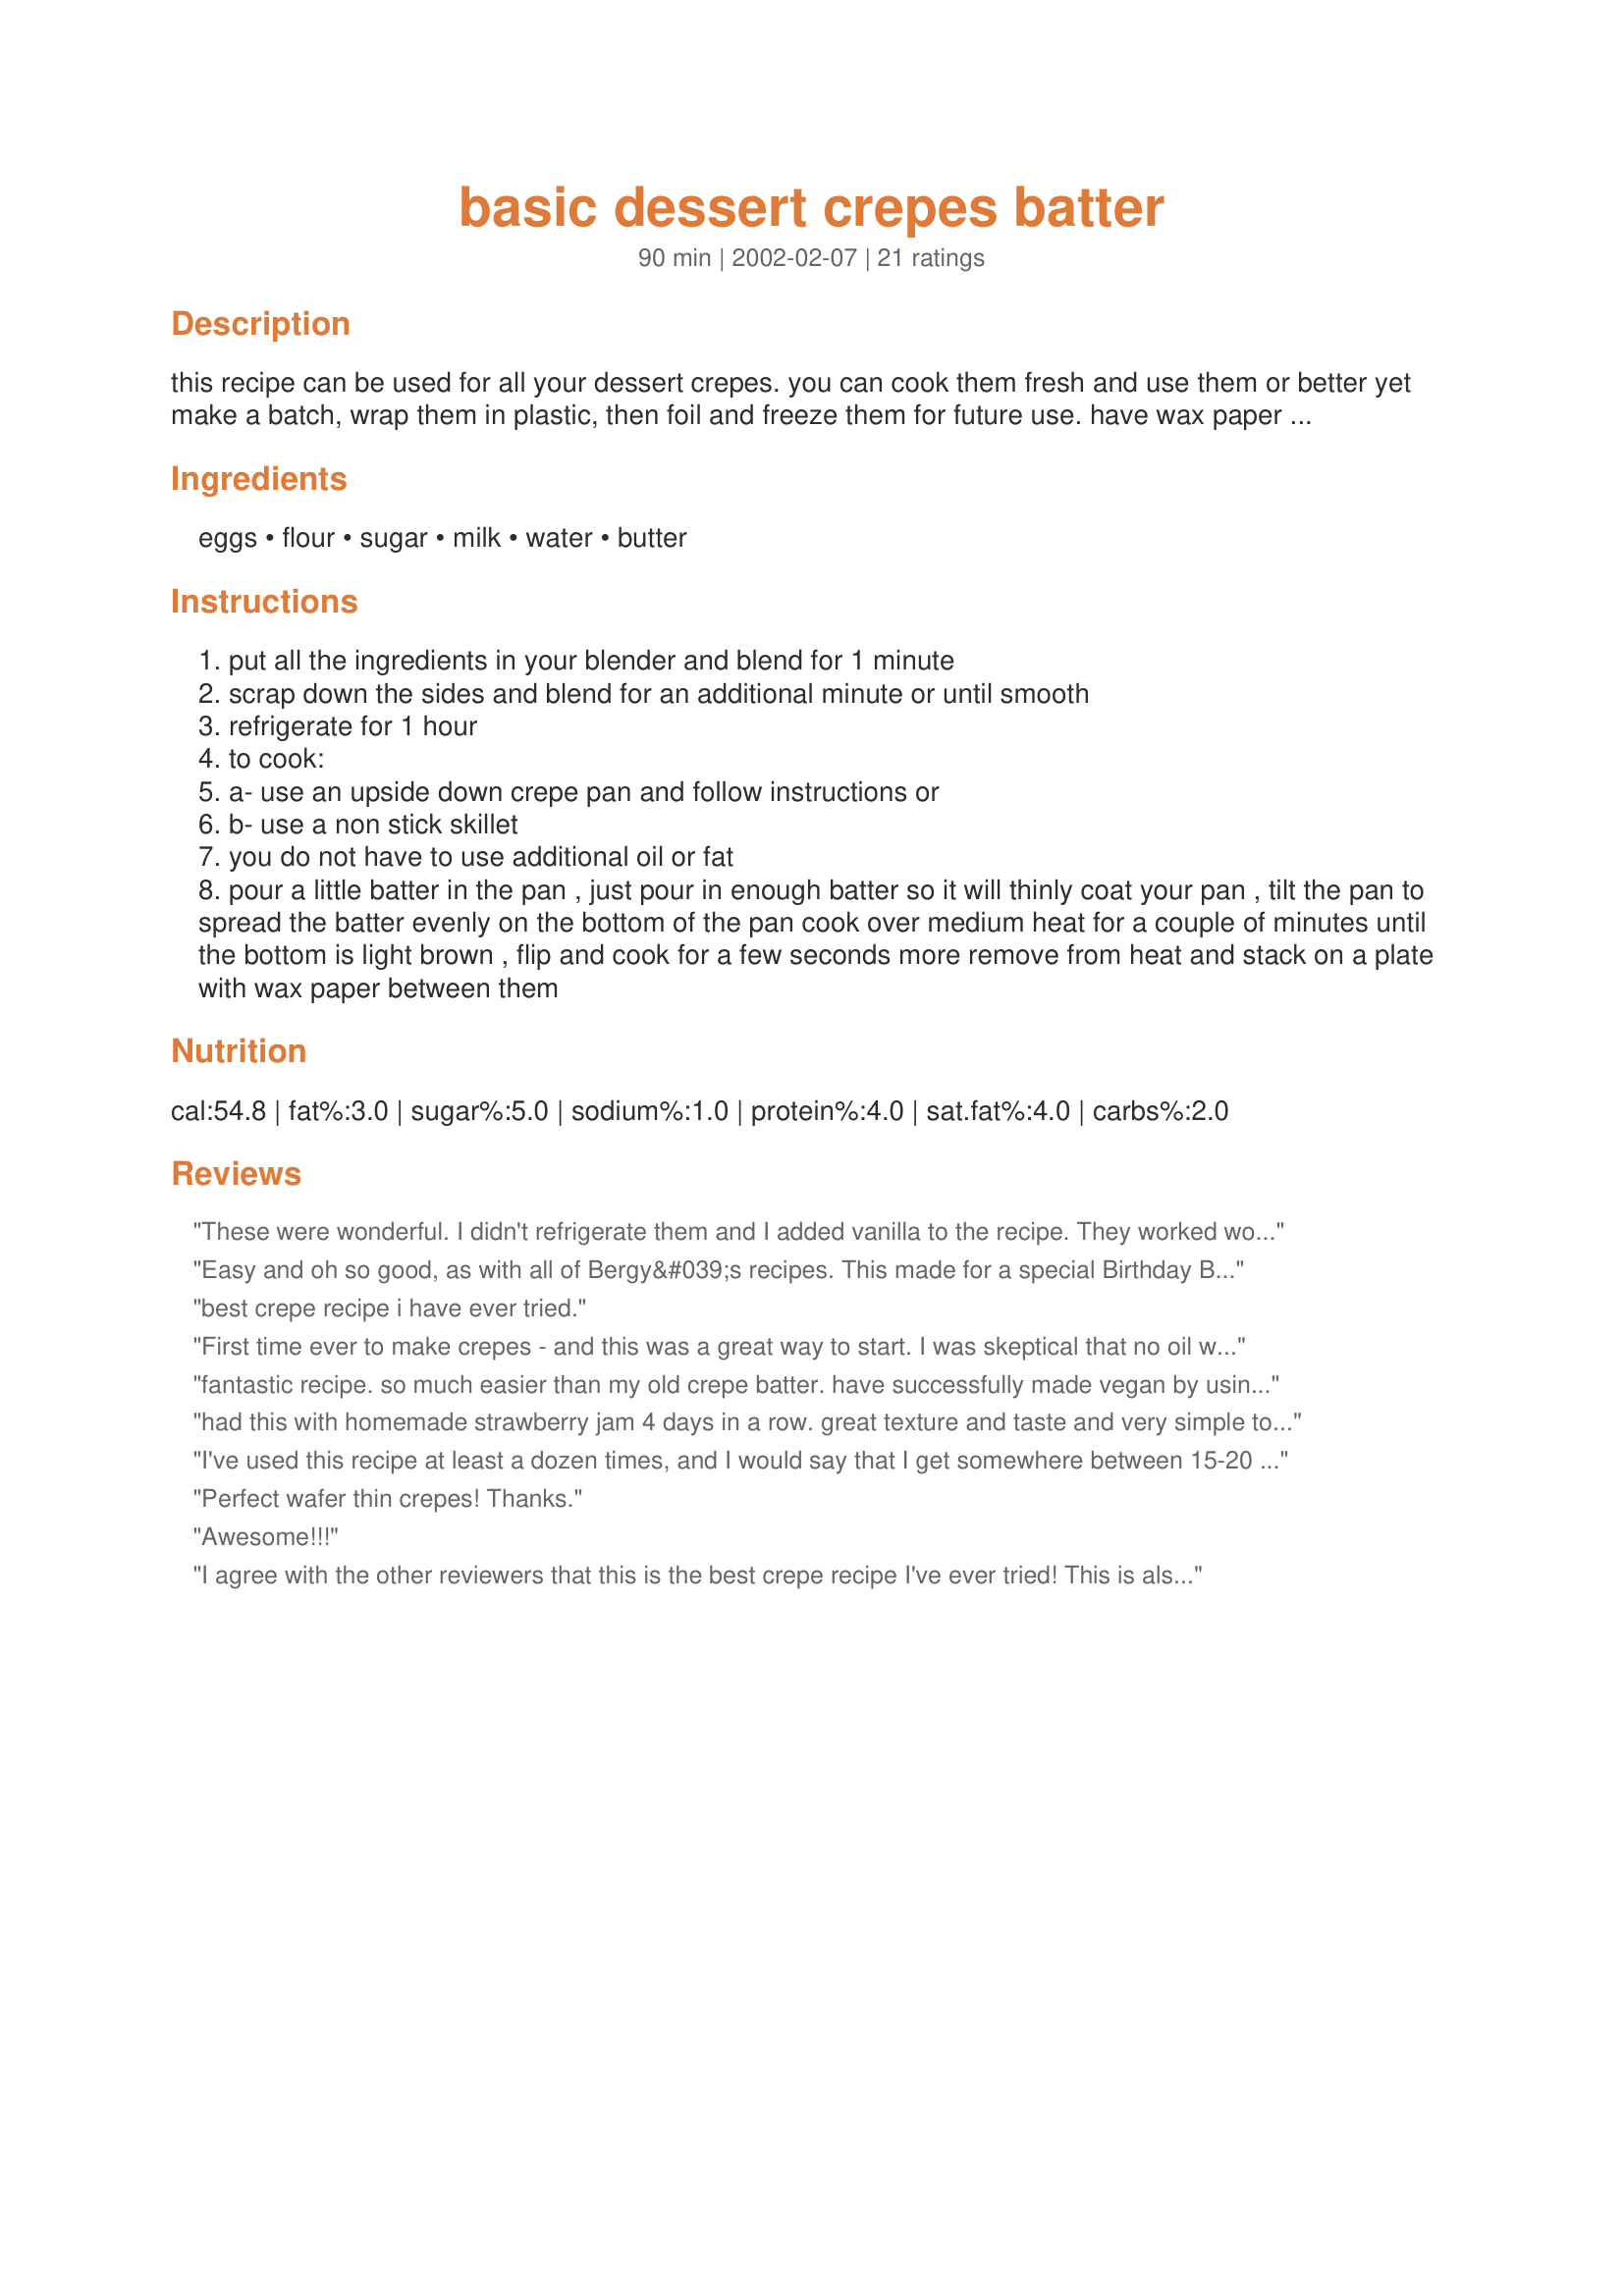
basic dessert crepes batter
Preparation time: 90 minutes

this recipe can be used for all your dessert crepes. you can cook them fresh and use them or better yet make a batch, wrap them in plastic, then foil and freeze them for future use. have wax paper between the crepes. dessert fillings will be posted separately. i say 20 crepes this depends on the size and how thin you pour them.mine are almost paper thin and about the size of a large side plate

Ingredients:
eggs, flour, sugar, milk, water, butter

Steps:
put all the ingredients in your blender and blend for 1 minute
scrap down the sides and blend for an additional minute or until smooth
refrigerate for 1 hour
to cook:
a- use an upside down crepe pan and follow instructions or
b- use a non stick skillet
you do not have to use additional oil or fat
pour a little batter in the pan , just pour in enough batter so it will thinly coat your pan , tilt the pan to spread the batter evenly on the bottom of the pan cook over medium heat for a couple of minutes until the bottom is light brown , flip and cook for a few seconds more remove from heat and stack on a plate with wax paper between them

Reviews:
These were wonderful. I didn't refrigerate them and I added vanilla to the recipe. They worked wonderfully.
Easy and oh so good, as with all of Bergy&#039;s recipes. This made for a special Birthday Breakfast for a special little boy and it was a huge hit. Filled with Chocolate Bavarian cream and topped with fresh home made whip cream. What a great breakfast for those special occasions. I didn&#039;t have a crepe pan so just used a small fry pan and it work fine
best crepe recipe i have ever tried.
First time ever to make crepes - and this was a great way to start. I was skeptical that no oil was needed in the pan, so I started with just a light coat of cooking spray. But I was pleased to see that this was unnecessary, after all. I enjoyed the flavor of about 1/2 tsp. vanilla added to a half-batch. Only complaint was that I ended up with just 4 good-sized crepes (about the size of a dinner plate). Perhaps # of servings was for much smaller crepes? Filled with a yummy sweete cream-cheese mixture and topped with fresh strawberries, blueberries and kiwi - with a sprinkle of powdered sugar! Perfecto!
fantastic recipe. so much easier than my old crepe batter. have successfully made vegan by using margarine and coconut milk; also added a little vanilla. ice cream filling with a drizzle of chocolate syrup - yum! guests are so impressed! used a small cast-iron frypan which i did have to brush with a little melted margarine or olive oil every 5-6 crepes, mostly at the beginning. thank you so much for this great recipe!
had this with homemade strawberry jam 4 days in a row. great texture and taste and very simple to make. just that i didn't find this version sweet enough, and added more sugar to my subsequent attempts. i also threw in 2tsp of vanilla essence and that gave it a really nice kick.
I've used this recipe at least a dozen times, and I would say that I get somewhere between 15-20 crepes out of it - you can actually get them quite thin, as crepes should be, with practice. We usually have three variations on filling: berries and whipped cream, banana and hazelnut spread, or sausage and melted cheese. Mmm! Thanks!
Perfect wafer thin crepes! Thanks.
Awesome!!!
I agree with the other reviewers that this is the best crepe recipe I've ever tried! This is also the only that has worked for me. I made half a batch and wound up with 9. I guess made mine a little thick. We are so happy with the results- thanks!
FABULOUS! If these crepes were any easier they would prepare themselves. Some batter recipes are SO much trouble and not a bit better than these. I'm going to experiment with leaving out the sugar to make seafood crepes. This recipe is a definate keeper! I won't be using any other crepe recipes. My yield was 14 crepes, using a 1/4 cup per crepe. Thanks Bergy!
I make crepes a lot but I look up a new recipe on the internet each time (I'm not that organized!). What I look for is a good quantity of eggs and water added. This had it all! The best crepe chefs make hair-thin pancakes, but I like them thicker than that, so this recipe was perfect. I added 1tsp vanilla.
I had never made crepes before. This recipe was so easy and it worked. I read the reviews and tried a tweak. I left the sugar out and added a pinch of salt. Served the crepes wrapped around prawns and scallops with Marie Rose Sauce (Recipe 232904) Worked a treat then with about half the batter remaining added 1 tbs of sugar and 1/2 tsp of vanilla gave it a whiz in blender "et voila!" dessert crepe with filling of Strawberry Conserve (Recipe 299236) and vanilla icecream - squeeze of lemon and dash of white sugar on top. Fabulous!
 So this recipe is misnamed it is the basis for savoury and dessert crepes and works a treat.
Two problems for a beginner. 1 judging how much extra milk to add to maintain runny consistency - took it a little bit at a time, and 2 how to tell whether the pan was hot enough. Someone might help with that please.
Thanks Bergy, this is a beaut - definite keeper.
Regards, John
I really liked this recipe. I didn't even use any fancy filling -- just stawberry icecream. It held together really well and I didn't have any tearing while making them. The texture was perfect.
salamat! that's Thanks in Filipino. c",)

So delicious! And so easy to make, I was shocked at how perfect they came out on my very first time!
This is the best crepe recipe I've ever tried, and I've tried a bunch. This was easy to make and easy to use. I didn't have enough time to chill it for an hour, and it still was perfect. And, of course, they tasted heavenly. This will now be my standard crepe recipe. Thanks Bergy!
These were great! I added a little salt and vanilla. I forgot to add the sugar and they were still good. Would definitely make again.
Great crepes!
This is pretty much the recipe I have used for years when making dessert crepes. It is so easy and quick. The crepes turned out perfect and were used to make recipe #317856. For half a recipe the yield was 10, right on the money.
Fantastic! This is my go-to dessert when we have guests over! I make the crepes a day or two in advance and just heat them up in the oven prior to serving! We fill them with mixed berries and chocolate sauce! Yum!

Thanks Bergy for another great recipe!
